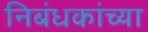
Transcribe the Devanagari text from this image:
निबंधकांच्या